Petrogradi_Kontroll-Opteerimise_Komisjon, lk 33
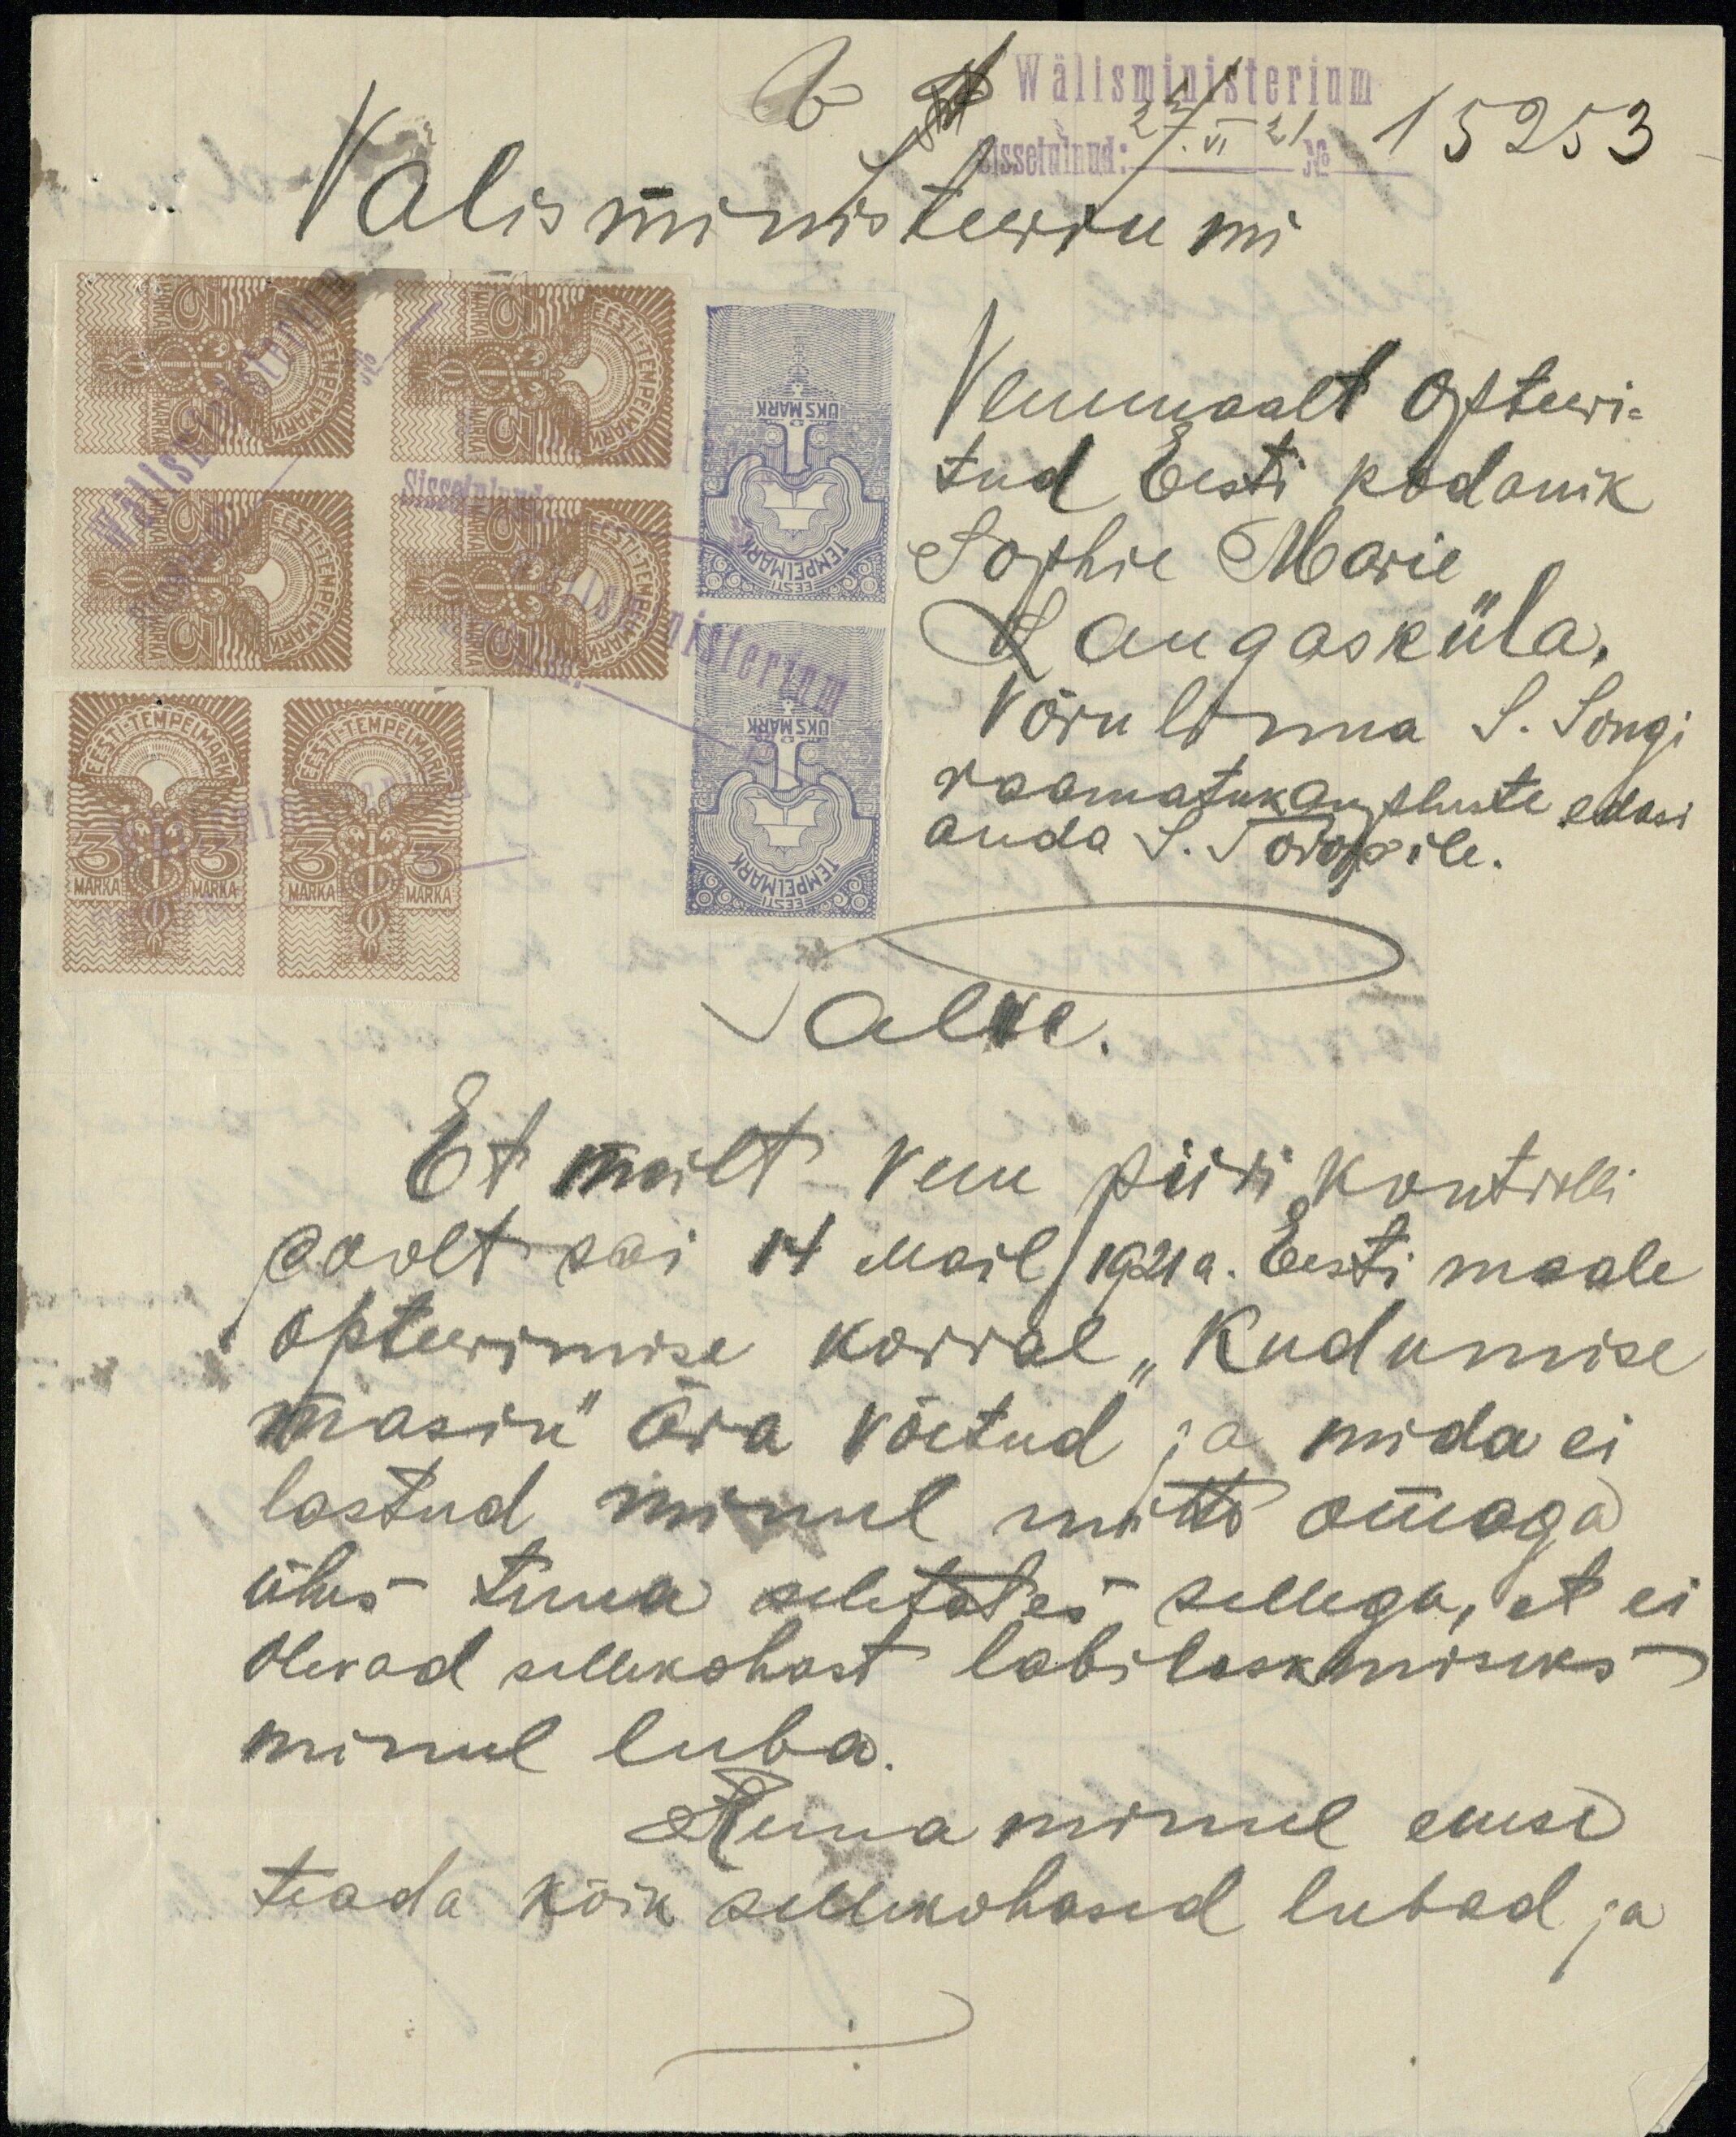
Wälisministerium
Sissetulnud: 27/VI 21 No 15253
Välisministeeriumi
Venemaalt Opteeri-
tud Eesti kodanik
Sophie Marie
Laugasküla,
Võru linna S. Songi
raamatukaupluste edasi
anda S. Toropilie
Palve.
Et meilt vene piiri kontolli
poolt sai 14 Mail 1921a. Eesti maale
opteerimise korral "Kudumise
masin" ära võetud ja mida ei
lastud minul mitte omaga
ühes tuua seletates sellega, et ei
olevad sellekohast labilaskmiseks
minul luba.
Tema minul enese
teada kõik sellekohased lubad ja